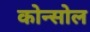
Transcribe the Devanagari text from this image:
कोन्सोल